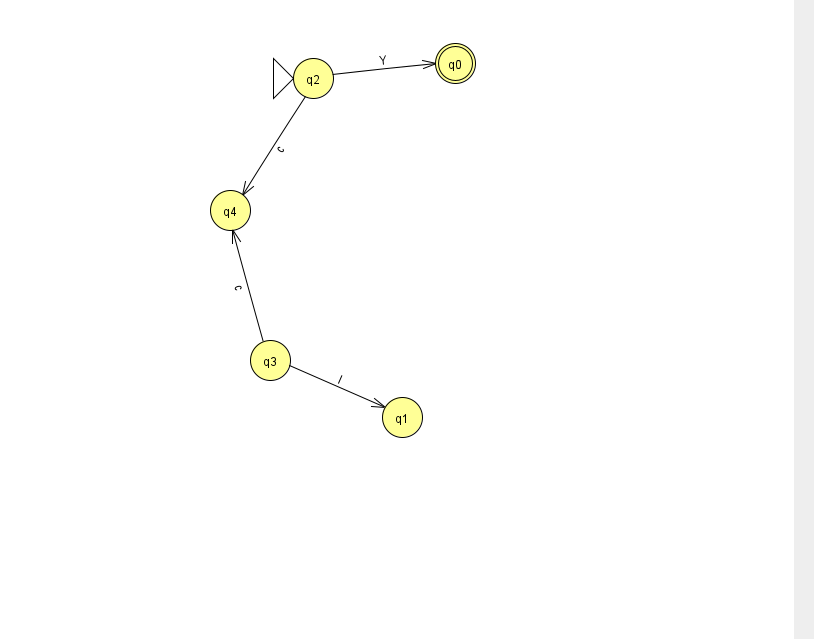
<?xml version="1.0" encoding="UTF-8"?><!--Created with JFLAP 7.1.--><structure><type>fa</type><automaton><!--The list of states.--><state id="0" name="q0"><x>455.0</x><y>50.0</y><final/></state><state id="1" name="q1"><x>402.0</x><y>404.0</y></state><state id="2" name="q2"><x>313.0</x><y>65.0</y><initial/></state><state id="3" name="q3"><x>270.0</x><y>347.0</y></state><state id="4" name="q4"><x>230.0</x><y>197.0</y></state><!--The list of transitions.--><transition><from>3</from><to>1</to><read>I</read></transition><transition><from>2</from><to>4</to><read>c</read></transition><transition><from>3</from><to>4</to><read>c</read></transition><transition><from>2</from><to>0</to><read>Y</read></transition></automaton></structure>